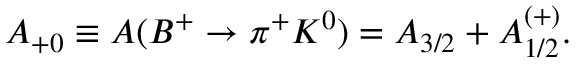
{ A } _ { + 0 } \equiv A ( { B } ^ { + } \rightarrow { \pi } ^ { + } { K } ^ { 0 } ) = { A } _ { 3 / 2 } + { A } _ { 1 / 2 } ^ { ( + ) } .